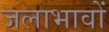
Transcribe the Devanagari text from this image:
जलाभावों